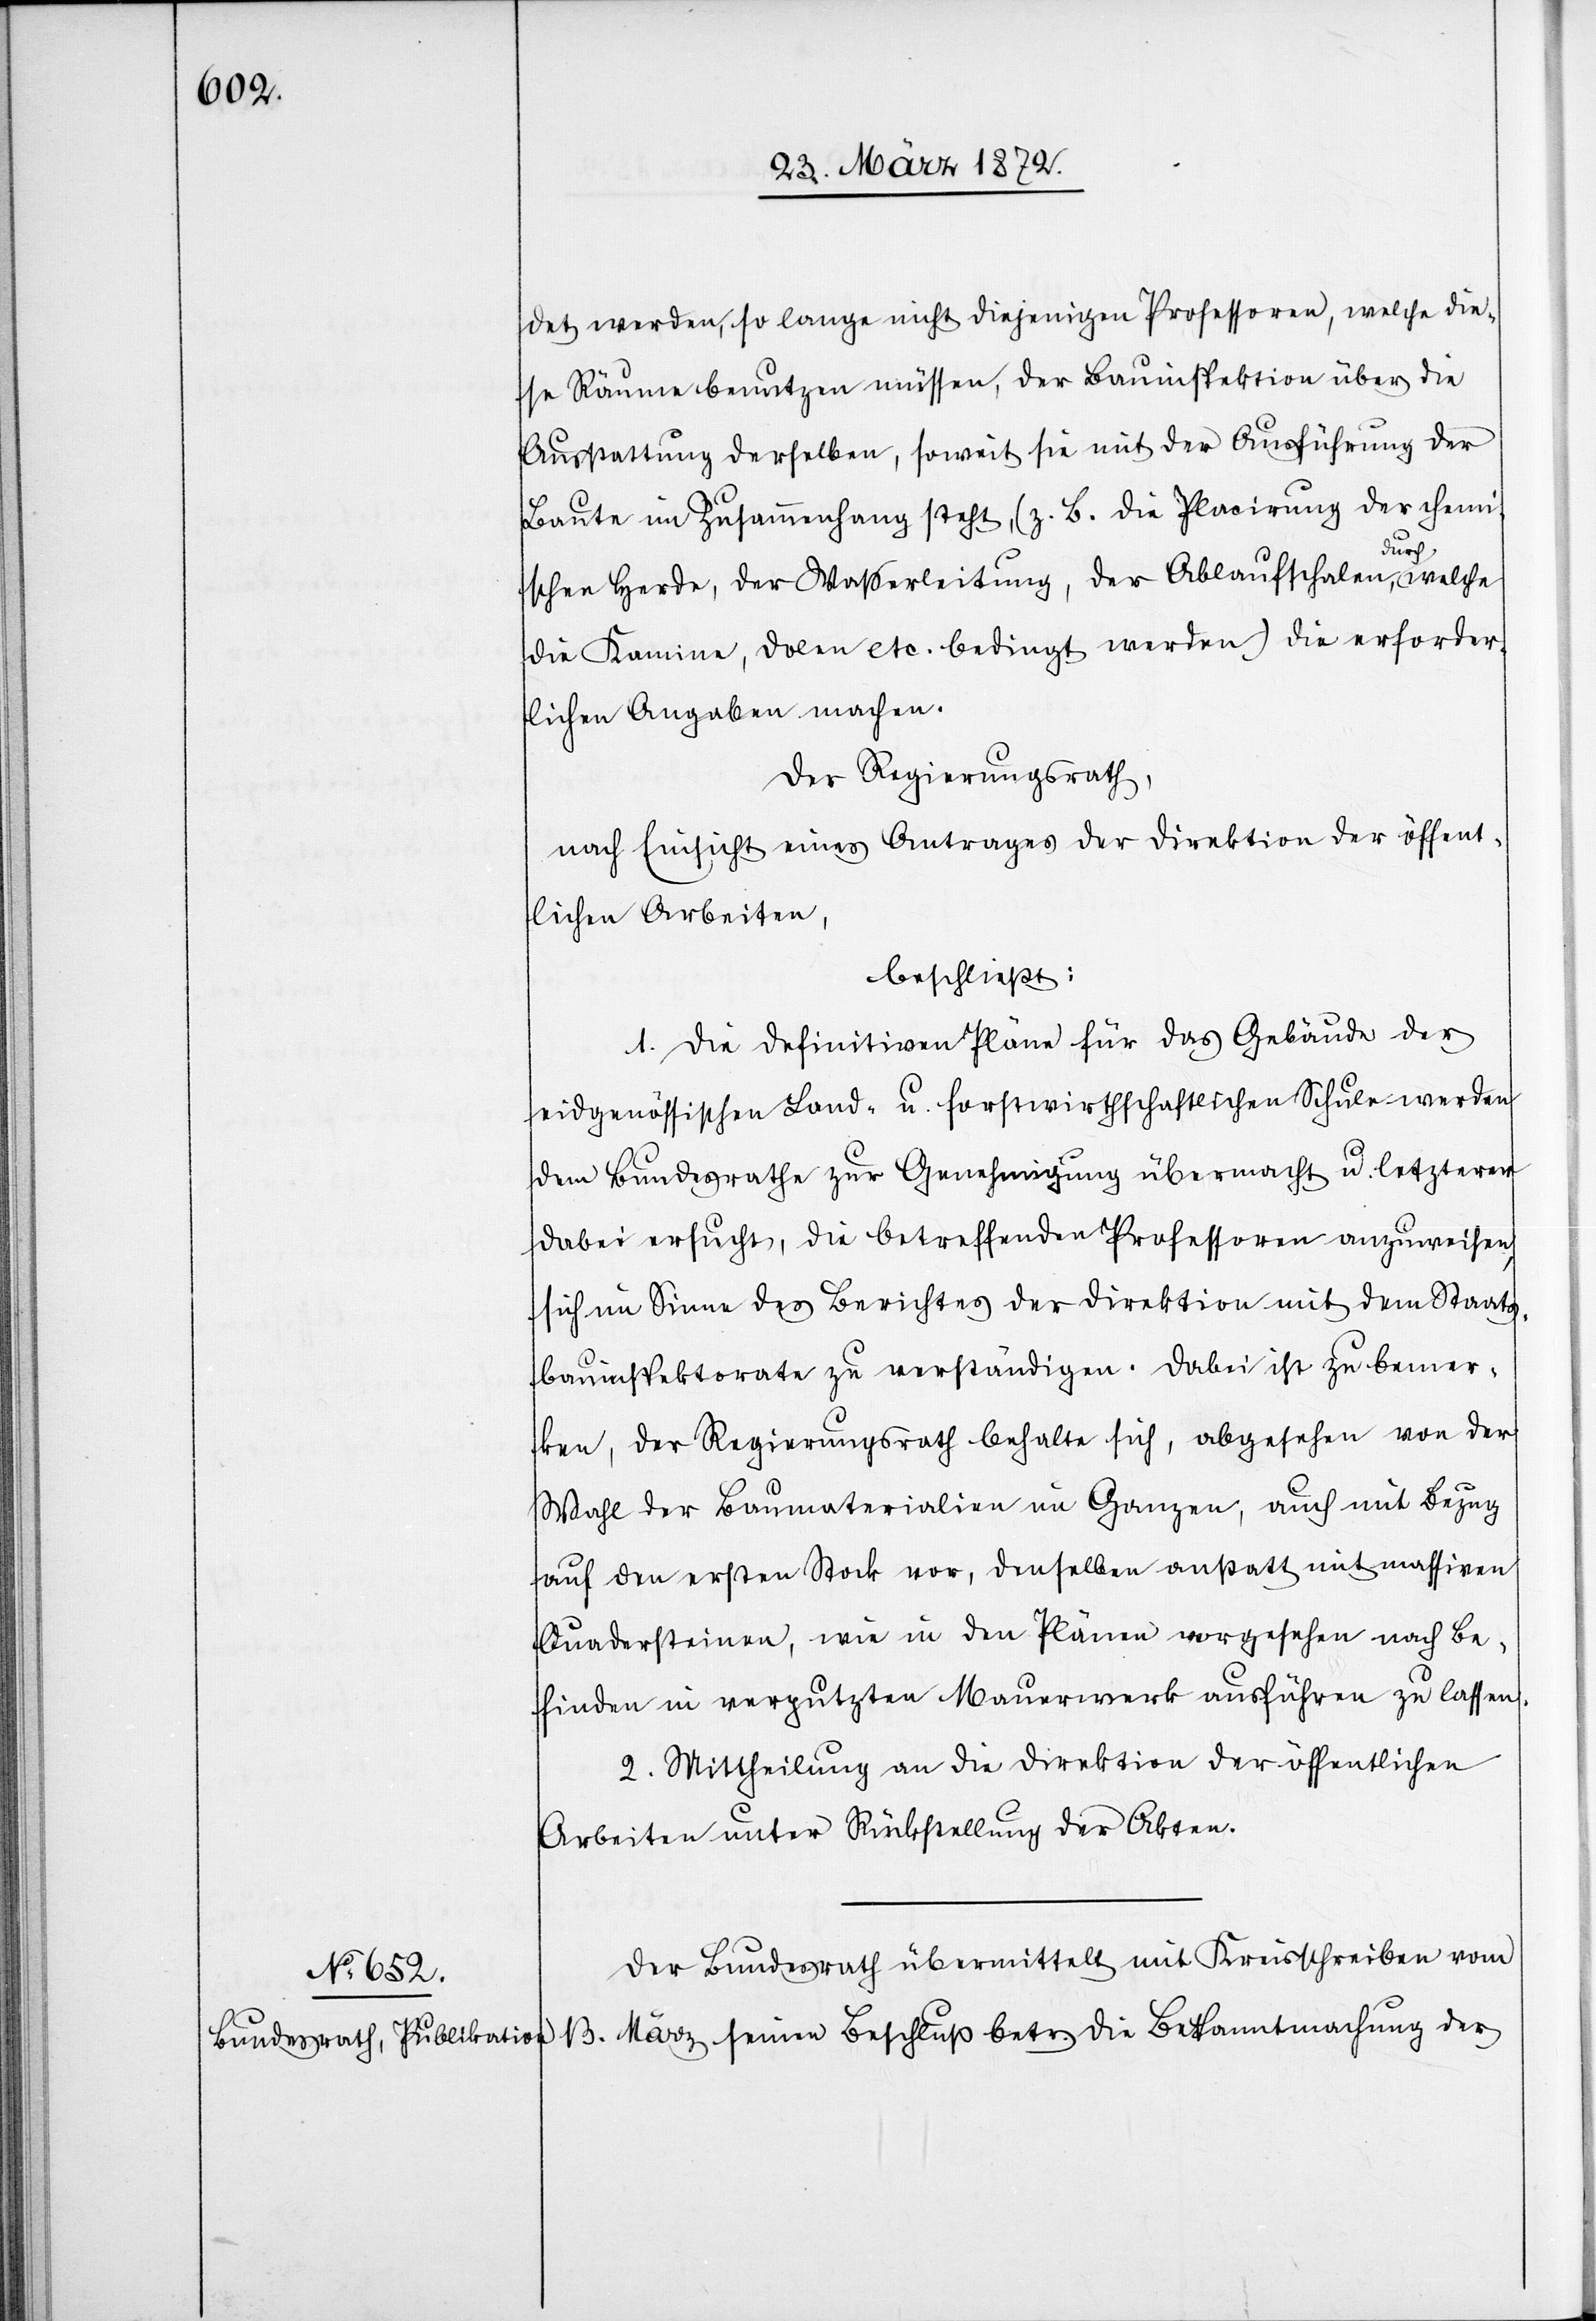
13.

det werden, so lange nicht diejenigen Professoren, welche die¬
se Räume benutzen müssen, der Bauinspektion über die
Ausstattung derselben, soweit sie mit der Ausführung der
Baute im Zusammenhang steht, (z. B. die Placirung der chemi¬
der
schen Herde, der Wasserleitung, der Ablaufschalen, durch
die Kamine, Dolen etc. bedingt werden) die erforder¬
lichen Angaben machen.
Der Regierungsrath,
nach Einsicht eines Antrages der Direktion der öffent¬
lichen Arbeiten,
beschließt:
1. Die definitiven Pläne für das Gebäude der
eidgenössischen Land- u. forstwirthschaftlichen Schule werden
dem Bundesrathe zur Genehmigung übermacht u. letzterer
dabei ersucht, die betreffenden Professoren anzuweisen,
sich im Sinne des Berichtes der Direktion mit dem Staats¬
bauinspektorate zu verständigen. Dabei ist zu bemer¬
ken, der Regierungsrath behalte sich, abgesehen von der
Wahl der Baumaterialien im Ganzen, auch mit Bezug
auf den ersten Stock vor, denselben anstatt mit massiven
Quadersteinen, wie in den Plänen vorgesehen nach Be¬
finden in verputzten Mauerwerk ausführen zu lassen.
2. Mittheilung an die Direktion der öffentlichen
Arbeiten unter Rückstellung der Akten.
Der Bundesrath übermittelt mit Kreisschreiben vom